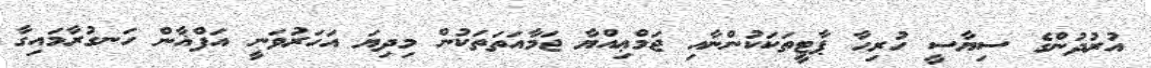
އުރުދުންގެ ސިޔާސީ ހުރިހާ ޕާޓީތަކަކުންނާއި ޖަމްޢިއްޔާ ޖަމާއަތަތަކުން މިދިޔަ އަހަރުވަނީ އަފްޣާން ހަނގުރާމައިގާ